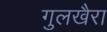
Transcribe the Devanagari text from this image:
गुलखैरा